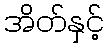
အိတ်နှင့်